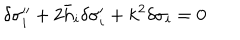
\delta \sigma _ { i } ^ { \prime \prime } + 2 \bar { h } _ { i } \delta \sigma _ { i } ^ { \prime } + k ^ { 2 } \delta \sigma _ { i } = 0